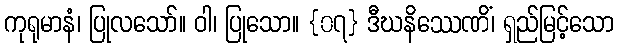
ကုရုမာနံ၊ ပြုလသော်။ ဝါ၊ ပြုသော။ {၀၇} ဒီဃနိဿေဏိံ၊ ရှည်မြင့်သော